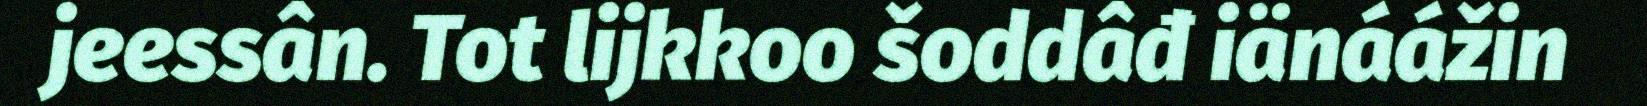
jeessân. Tot lijkkoo šoddâđ iänáážin